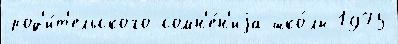
род'и́т'ельского сомн'е́н'иjа шко́лы 1975